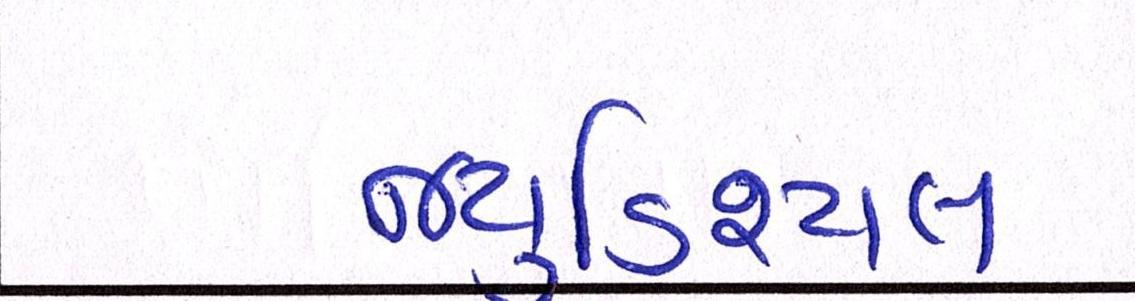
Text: જ્યુડિશ્યલ